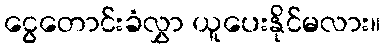
ငွေတောင်းခံလွှာ ယူပေးနိုင်မလား။